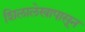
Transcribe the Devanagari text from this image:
शिलालेखापासून